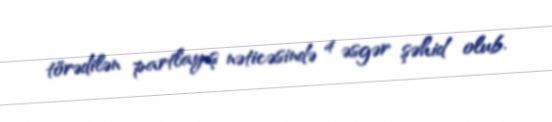
törədilən partlayış nəticəsində 4 əsgər şəhid olub.